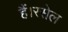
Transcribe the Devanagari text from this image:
हैं।रसेल